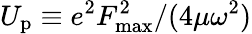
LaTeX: U_{\mathrm{p}}\equiv{e^{2}F_{\mathrm{max}}^{2}}/{(4\mu\omega^{2})}